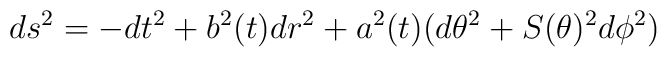
ds^2=-dt^2+b^2(t)dr^2+a^2(t)(d\theta^2+S(\theta)^2d\phi^2)